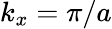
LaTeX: k_{x}=\pi/a